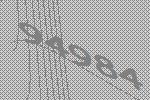
94984